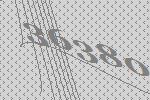
36380